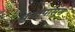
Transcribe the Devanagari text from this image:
फूटापासून